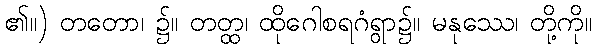
၏။) တတော၊ ၌။ တတ္ထ၊ ထိုဂေါစရဂံရွာ၌။ မနုဿေ၊ တို့ကို။